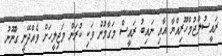
ރައީސުލްޖުމްހޫރިއްޔާ އާއި ނައިބު ރައީސް މަގާމުން ވަކި ކުރަން މަޖިލީހަށް ވެއްދޭނީ ގާނޫނު